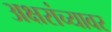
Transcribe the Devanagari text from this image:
अक्षरांच्यावर